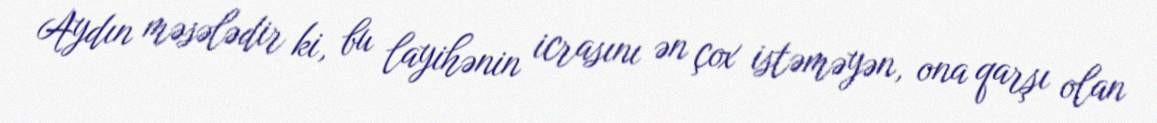
Aydın məsələdir ki, bu layihənin icrasını ən çox istəməyən, ona qarşı olan